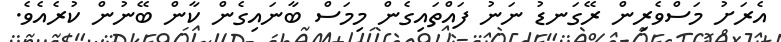
އެރަށު މަސްވެރިން ރޭގަނޑު ނަނު ފައްތައިގެން މިމަސް ބާނައިގެން ކާން ބޭނުން ކުރެއެވެ.